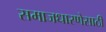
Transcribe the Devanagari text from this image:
समाजधारणेसाठी